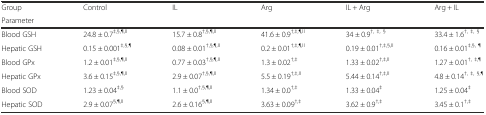
| Group | <ROWSPAN=2> Control | <ROWSPAN=2> IL | <ROWSPAN=2> Arg | <ROWSPAN=2> IL + Arg | <ROWSPAN=2> Arg + IL |
 | Parameter |
 | --- | --- | --- | --- | --- | --- |
 | Blood GSH | 24.8 ± 0.7‡,§,¶,II | 15.7 ± 0.8†,§,¶,II | 41.6 ± 0.9†,‡,¶,II | 34 ± 0.9†, ‡, § | 33.4 ± 1.6†, ‡, § |
 | Hepatic GSH | 0.15 ± 0.001‡,§,¶ | 0.08 ± 0.01†,§,¶,II | 0.2 ± 0.01†,‡,¶,II | 0.19 ± 0.01†,‡,§,II | 0.16 ± 0.01‡,§, ¶ |
 | Blood GPx | 1.2 ± 0.01‡,§,¶,II | 0.77 ± 0.03†,§,¶,II | 1.3 ± 0.02†,‡ | 1.33 ± 0.02†,‡,II | 1.27 ± 0.01†, ‡,¶ |
 | Hepatic GPx | 3.6 ± 0.15‡,§,¶,II | 2.9 ± 0.07†,§,¶,II | 5.5 ± 0.19†,‡,II | 5.44 ± 0.14†,‡,II | 4.8 ± 0.14†, ‡, §,¶ |
 | Blood SOD | 1.23 ± 0.04‡,§ | 1.1 ± 0.0†,§,¶,II | 1.34 ± 0.0†,‡ | 1.33 ± 0.04‡ | 1.25 ± 0.04‡ |
 | Hepatic SOD | 2.9 ± 0.07§,¶,II | 2.6 ± 0.16§,¶,II | 3.63 ± 0.09†,‡ | 3.62 ± 0.9†,‡ | 3.45 ± 0.1†,‡ |